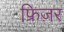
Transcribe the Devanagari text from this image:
फ्रिज़र